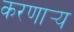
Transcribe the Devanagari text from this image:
करणार्‍य